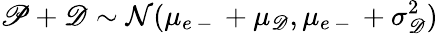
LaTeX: \mathscr P+\mathscr D\sim\mathcal N(\mu_{e\mathrm{~-~}}+\mu_{\mathscr D},\mu_{e\mathrm{~-~}}+\sigma_{\mathscr D}^{2})